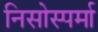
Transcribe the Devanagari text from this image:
निसोस्पर्मा